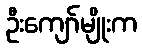
ဦးကျော်မျိုးက